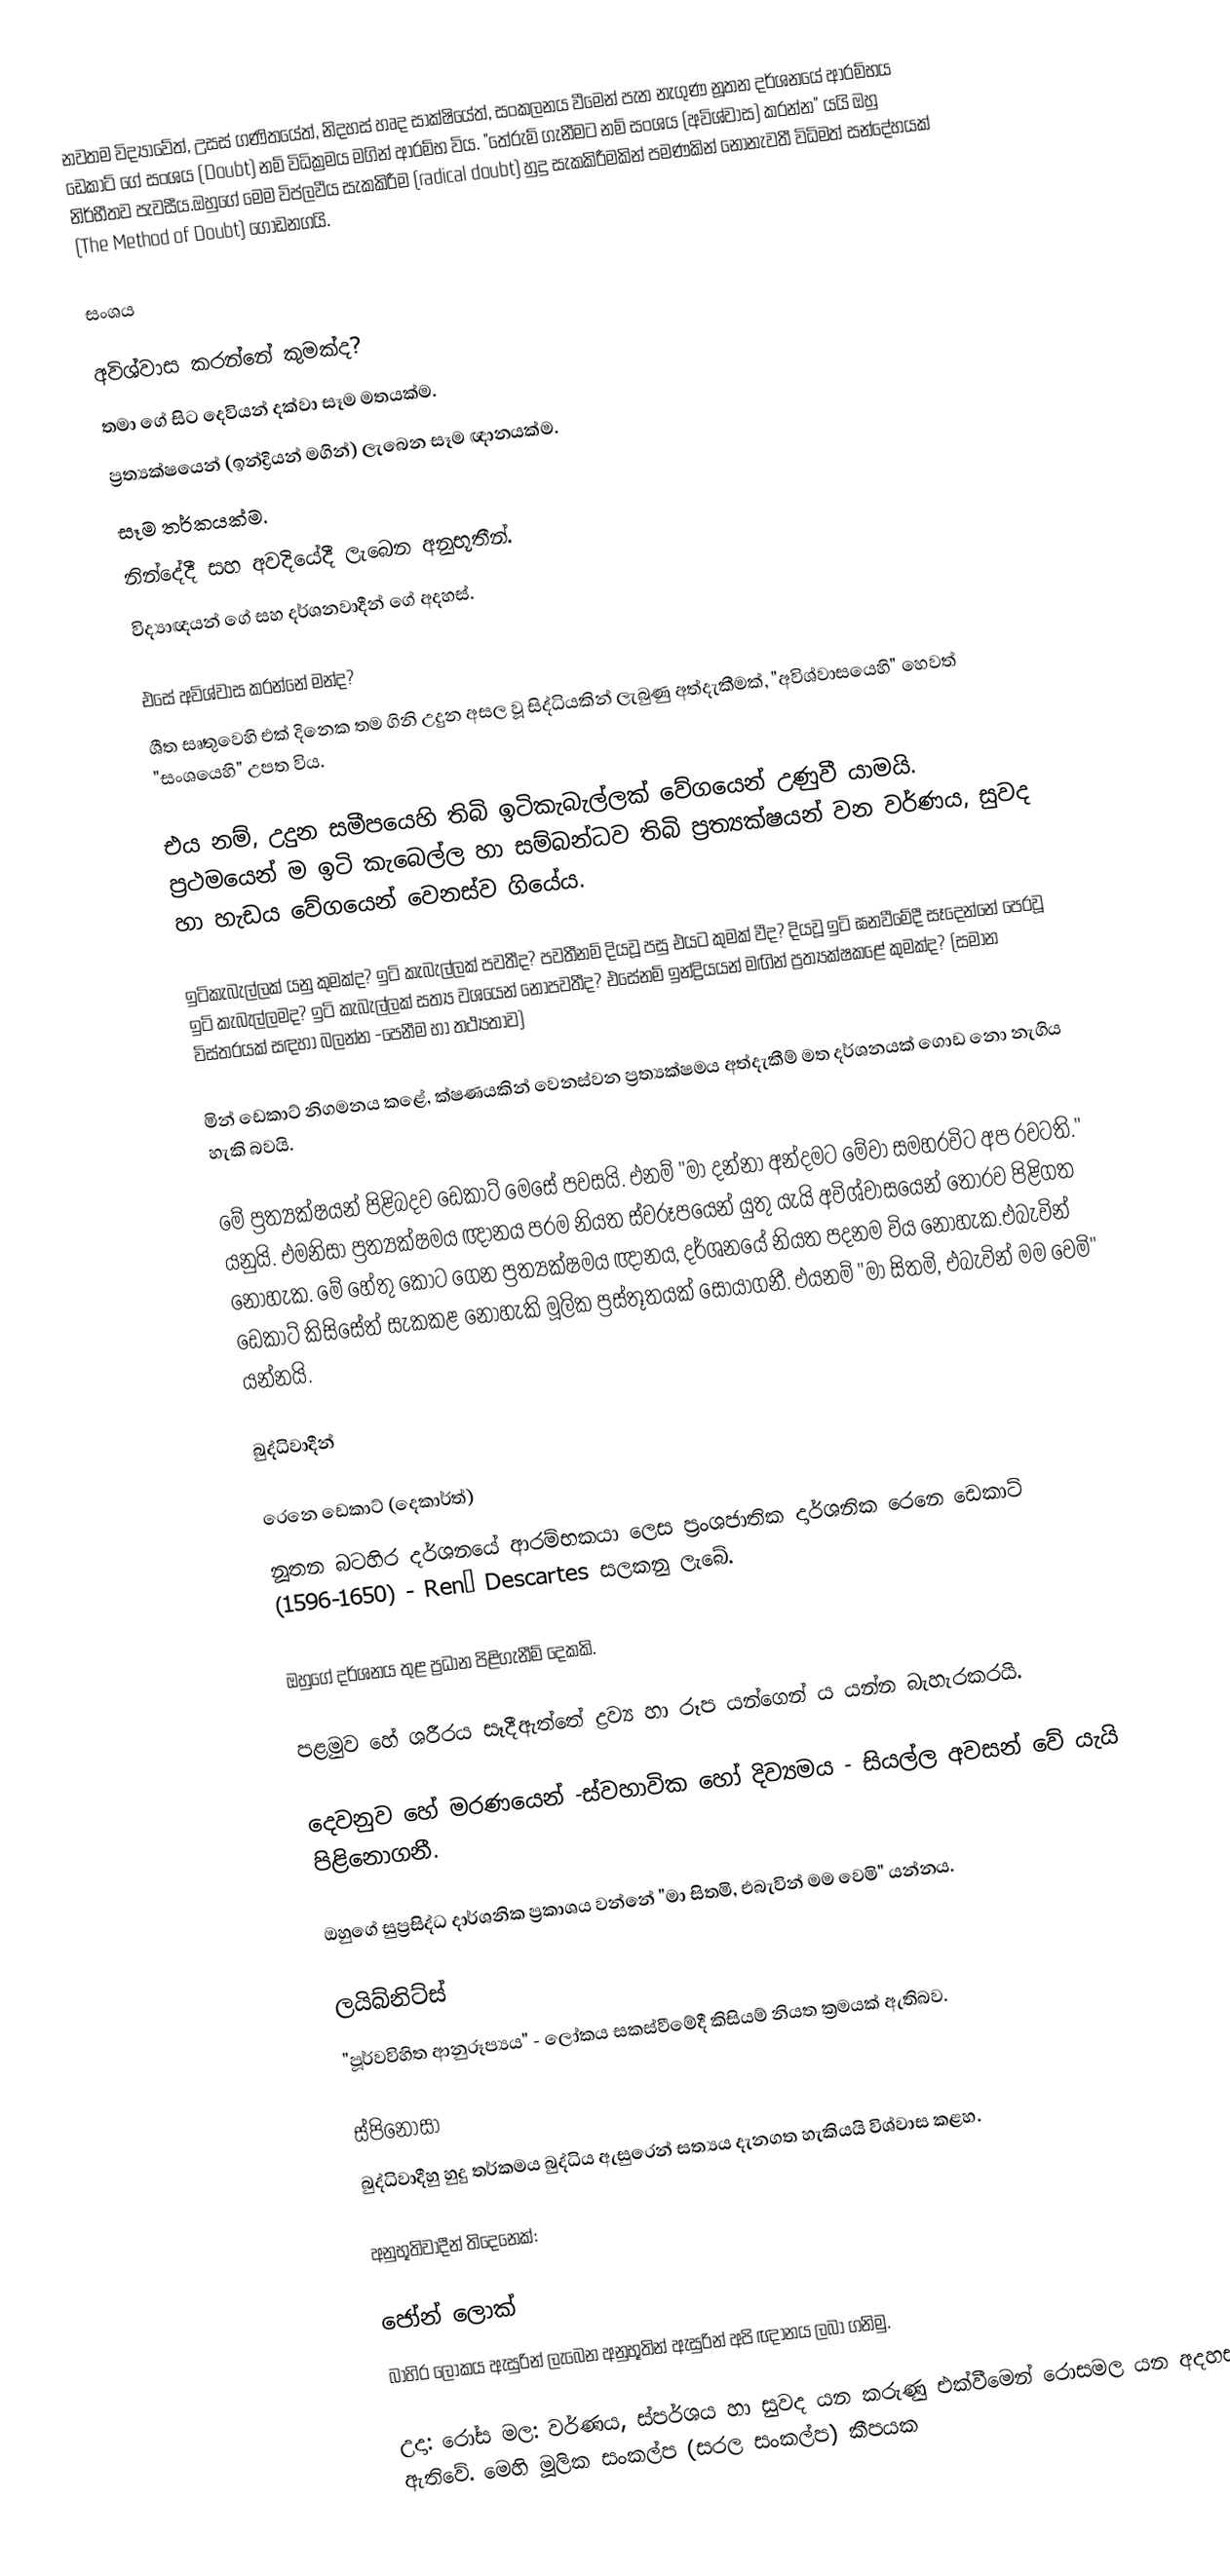
නවතම විද්‍යාවේත්, උසස් ගණිතයේත්, නිදහස් හෘද සාක්ෂියේත්, සංකලනය වීමෙන් පැන නැගුණ නූතන දර්ශනයේ ආරම්භය ඩෙකාට් ගේ සංශය (Doubt) නම් විධික්‍රමය මගින් ආරම්භ විය. "තේරුම් ගැනීමට නම් සංශය (අවිශ්වාස) කරන්න" යයි ඔහු නිර්භීතව පැවසීය.ඔහුගේ මෙම විප්ලවීය සැකකිරීම (radical doubt) හුදු සැකකිරීමකින් පමණකින් නොනැවතී විධිමත් සන්දේහයක් (The Method of Doubt) ගොඩනගයි.

සංශය

අවිශ්වාස කරන්නේ කුමක්ද?
 තමා ගේ සිට දෙවියන් දක්වා සෑම මතයක්ම.
 ප්‍රත්‍යක්ෂයෙන් (ඉන්ද්‍රියන්  මගින්) ලැබෙන සෑම ඥානයක්ම.
 සෑම තර්කයක්ම.
 නින්දේදී සහ අවදියේදී ලැබෙන අනුභූතීන්.
 විද්‍යාඥයන්‍ ගේ සහ දර්ශනවාදීන් ගේ අදහස්.

එසේ අවිශ්වාස කරන්නේ මන්ද?
ශීත සෘතුවෙහි එක් දිනෙක තම ගිනි උදුන අසල වූ සිද්ධියකින් ලැබුණු අත්දැකීමක්, "අවිශ්වාසයෙහි" හෙවත් "සංශයෙහි" උපත විය.

එය නම්, උදුන සමීපයෙහි තිබි ඉටිකැබැල්ලක් වේගයෙන් උණුවී යාමයි. ප්‍රථමයෙන් ම ඉටි කැබෙල්ල හා සම්බන්ධව තිබි ප්‍රත්‍යක්ෂයන් වන වර්ණය, සුවද හා හැඩය වේගයෙන් වෙනස්ව ගියේය.

ඉටිකැබැල්ලක් යනු කුමක්ද? ඉටි කැබැල්ලක් පවතීද? පවතීනම් දියවූ පසු එයට කුමක් වීද? දියවූ ඉටි ඝනවීමේදී සෑදෙන්නේ පෙරවූ ඉටි කැබැල්ලමද? ඉටි කැබැල්ලක් සත්‍ය වශයෙන් නොපවතීද? එසේනම් ඉන්ද්‍රියයන් මඟින් ප්‍රත්‍යක්ෂකළේ කුමක්ද? (සමාන විස්තරයක් සඳහා බලන්න -පෙනීම හා තථ්‍යතාව)

මින් ඩෙකාට් නිගමනය කළේ, ක්ෂණයකින් වෙනස්වන ප්‍රත්‍යක්ෂමය අත්දැකීම් මත දර්ශනයක් ගොඩ නො නැගිය හැකි බවයි.

මේ ප්‍රත්‍යක්ෂයන් පිළිබදව ඩෙකාට් මෙසේ පවසයි. එනම් "මා දන්නා අන්දමට මේවා සමහරවිට අප රවටති." යනුයි. එමනිසා ප්‍රත්‍යක්ෂමය ඥානය පරම නියත ස්වරූපයෙන් යුතු යැයි අවිශ්වාසයෙන් තොරව පිළිගත නොහැක. මේ හේතු කොට ගෙන ප්‍රත්‍යක්ෂමය ඥානය, දර්ශනයේ නියත පදනම විය නොහැක.එබැවින් ඩෙකාට් කිසිසේත් සැකකළ නොහැකි මූලික ප්‍රස්තූතයක් සොයාගනී. එයනම් "මා සිතමි, එබැවින් මම වෙමි" යන්නයි.

බුද්ධිවාදීන්

රෙනෙ ඩෙකාට් (දෙකාර්ත්)
නූතන බටහිර දර්ශනයේ ආරම්භකයා ලෙස ප්‍රංශජාතික දාර්ශනික  රෙනෙ ඩෙකාට් (1596-1650) - René Descartes  සලකනු ලැබේ.

ඔහුගේ දර්ශනය තුළ ප්‍රධාන පිළිගැනීම් දෙකකි.

පළමුව හේ ශරීරය සෑදීඇත්තේ ද්‍රව්‍ය හා රූප යන්ගෙන් ය යන්න බැහැරකරයි.

දෙවනුව හේ මරණයෙන් -ස්වහාවික හෝ දිව්‍යමය - සියල්ල අවසන් වේ යැයි පිළිනොගනී.

ඔහුගේ සුප්‍රසිද්ධ දාර්ශනික ප්‍රකාශය වන්නේ "මා සිතමි, එබැවින් මම වෙමි" යන්නය.

ලයිබ්නිට්ස්
"පූර්වවිහිත ආනුරූප්‍යය" - ලෝකය සකස්වීමේදී කිසියම් නියත ක්‍රමයක් ඇතිබව.

ස්පිනෝසා
බුද්ධිවාදීහු හුදු තර්කමය බුද්ධිය ඇසුරෙන් සත්‍යය දැනගත හැකියයි විශ්වාස කළහ.

අනුභූතිවාදීන් තිදෙනෙක්:

ජෝන් ලොක්
බාහිර ලෝකය ඇසුරින් ලැබෙන අනුභූතින් ඇසුරින් අපි ඥානය ලබා ගනිමු.

උදා: රෝස මල: වර්ණය, ස්පර්ශය හා සුවද යන කරුණු එක්වීමෙන් රොසමල යන අදහස ඇතිවේ. මෙහි මූලික සංකල්ප (සරල සංකල්ප) කීපයක